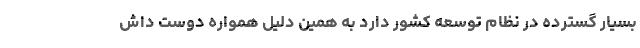
بسیار گسترده در نظام توسعه کشور دارد به همین دلیل همواره دوست داش